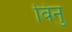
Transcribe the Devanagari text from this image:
विनु